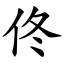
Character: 佟